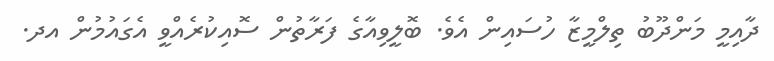
ދާއިމީ މަންދޫބު ތިލްމީޒާ ހުސައިން އެވެ. ބޮލީވިއާގެ ފަރާތުން ސޮއިކުރެއްވީ އެގައުމުން އދ.